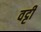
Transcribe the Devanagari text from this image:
वट्टी